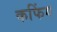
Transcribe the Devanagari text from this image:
कफिंग